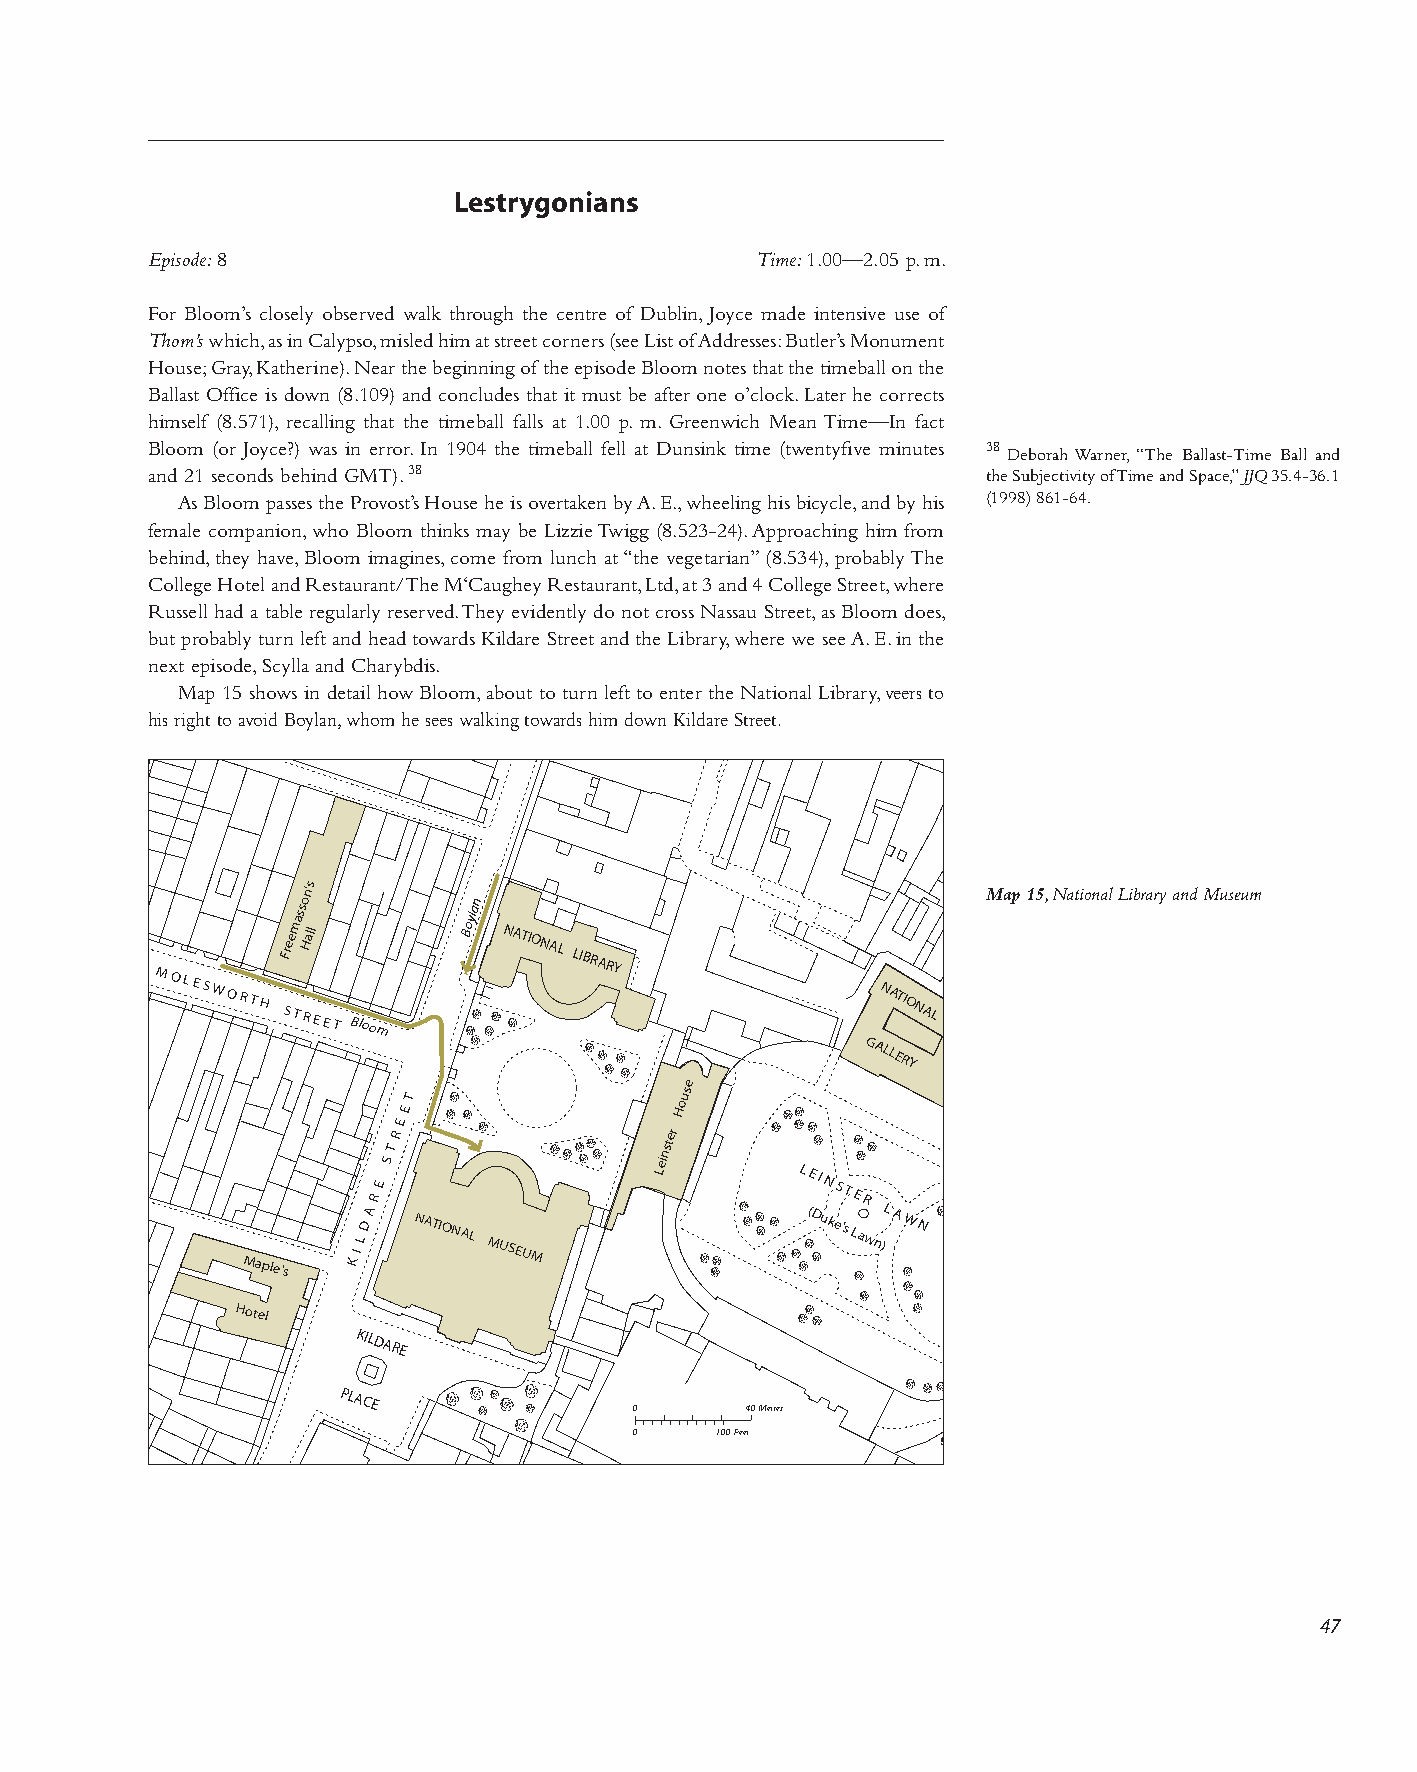
Lestrygonians
 Episode: 8                              Time: 1.00—2.05 p. m.
 For Bloom’s closely observed walk through the centre of Dublin, Joyce made intensive use of
 Thom’s which, as in Calypso, misled him at street corners (see List of Addresses: Butler’s Monument
 House; Gray, Katherine). Near the beginning of the episode Bloom notes that the timeball on the
 Ballast Office is down (8.109) and concludes that it must be after one o’clock. Later he corrects
 himself (8.571), recalling that the timeball falls at 1.00 p. m. Greenwich Mean Time—In fact
 Bloom (or Joyce?) was in error. In 1904 the timeball fell at Dunsink time (twentyfive minutes 38 Deborah Warner, “The Ballast-Time Ball and
 and 21 seconds behind GMT). 38                         the Subjectivity of Time and Space,” JJQ 35.4-36.1
 As Bloom passes the Provost’s House he is overtaken by A. E., wheeling his bicycle, and by his (1998) 861-64.
 female companion, who Bloom thinks may be Lizzie Twigg (8.523-24). Approaching him from
 behind, they have, Bloom imagines, come from lunch at “the vegetarian” (8.534), probably The
 College Hotel and Restaurant/The M‘Caughey Restaurant, Ltd, at 3 and 4 College Street, where
 Russell had a table regularly reserved. They evidently do not cross Nassau Street, as Bloom does,
 but probably turn left and head towards Kildare Street and the Library, where we see A. E. in the
 next episode, Scylla and Charybdis.
 Map 15 shows in detail how Bloom, about to turn left to enter the National Library, veers to
 his right to avoid Boylan, whom he sees walking towards him down Kildare Street.
 on's
 n
 Map 15, National Library and Museum
 M O L E S W O R T H
 F
 Sree m
 Tass
 RHall
 E E T Bloom
 Boyla
 NATIONAL
 LIBRARY
 NATIONAL
 GALLERY
 e
 T
 us
 Maple's K
 I L
 D A
 R E
 S
 T
 R
 E
 E
 NATIONAL
 MUSEUM
 Leinster
 Ho
 L (E
 D
 I
 u
 N
 k
 eS
 '
 sT LE
 a
 R
 w n )
 L A W N
 Hotel
 KILDARE
 PLACE
 0      40 Metres
 0    100 Feet
 47